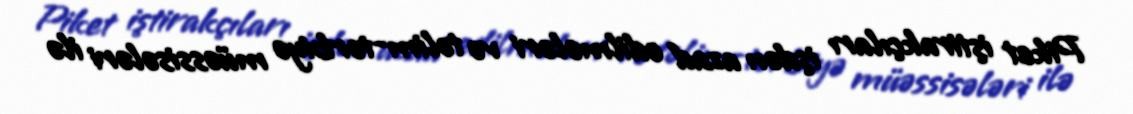
Piket iştirakçıları işdən azad edilmələri və təlim-tərbiyə müəssisələri ilə